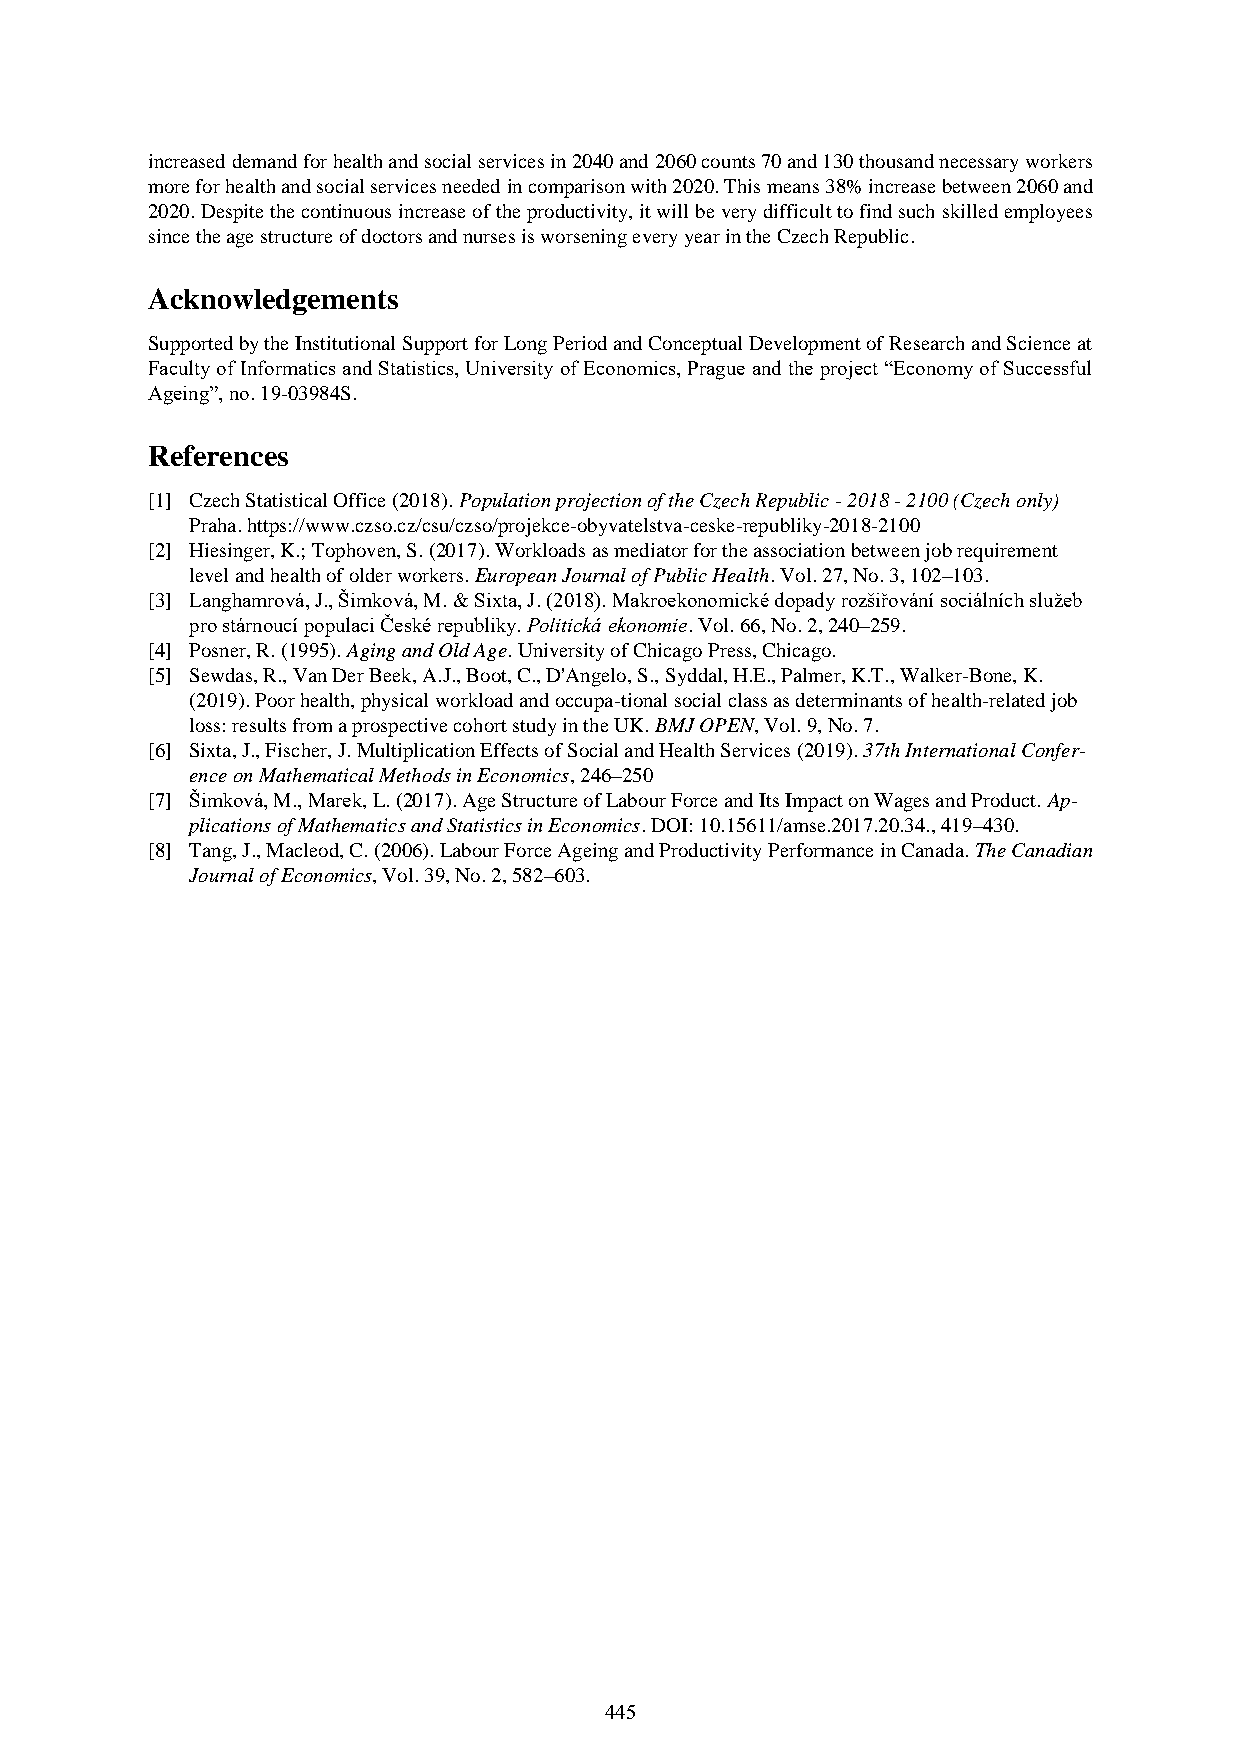
increased demand for health and social services in 2040 and 2060 counts 70 and 130 thousand necessary workers
 more for health and social services needed in comparison with 2020. This means 38% increase between 2060 and
 2020. Despite the continuous increase of the productivity, it will be very difficult to find such skilled employees
 since the age structure of doctors and nurses is worsening every year in the Czech Republic.
 Acknowledgements
 Supported by the Institutional Support for Long Period and Conceptual Development of Research and Science at
 Faculty of Informatics and Statistics, University of Economics, Prague and the project “Economy of Successful
 Ageing”, no. 19-03984S.
 References
 [1] Czech Statistical Office (2018). Population projection of the Czech Republic - 2018 - 2100 (Czech only)
 Praha. https://www.czso.cz/csu/czso/projekce-obyvatelstva-ceske-republiky-2018-2100
 [2] Hiesinger, K.; Tophoven, S. (2017). Workloads as mediator for the association between job requirement
 level and health of older workers. European Journal of Public Health. Vol. 27, No. 3, 102–103.
 [3] Langhamrová, J., Šimková, M. & Sixta, J. (2018). Makroekonomické dopady rozšiřování sociálních služeb
 pro stárnoucí populaci České republiky. Politická ekonomie. Vol. 66, No. 2, 240–259.
 [4] Posner, R. (1995). Aging and Old Age. University of Chicago Press, Chicago.
 [5] Sewdas, R., Van Der Beek, A.J., Boot, C., D'Angelo, S., Syddal, H.E., Palmer, K.T., Walker-Bone, K.
 (2019). Poor health, physical workload and occupa-tional social class as determinants of health-related job
 loss: results from a prospective cohort study in the UK. BMJ OPEN, Vol. 9, No. 7.
 [6] Sixta, J., Fischer, J. Multiplication Effects of Social and Health Services (2019). 37th International Confer-
 ence on Mathematical Methods in Economics, 246–250
 [7] Šimková, M., Marek, L. (2017). Age Structure of Labour Force and Its Impact on Wages and Product. Ap-
 plications of Mathematics and Statistics in Economics. DOI: 10.15611/amse.2017.20.34., 419–430.
 [8] Tang, J., Macleod, C. (2006). Labour Force Ageing and Productivity Performance in Canada. The Canadian
 Journal of Economics, Vol. 39, No. 2, 582–603.
 445